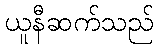
ယူနီဆက်သည်